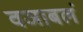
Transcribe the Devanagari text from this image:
वञाबलं